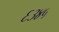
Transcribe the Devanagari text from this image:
६३४५